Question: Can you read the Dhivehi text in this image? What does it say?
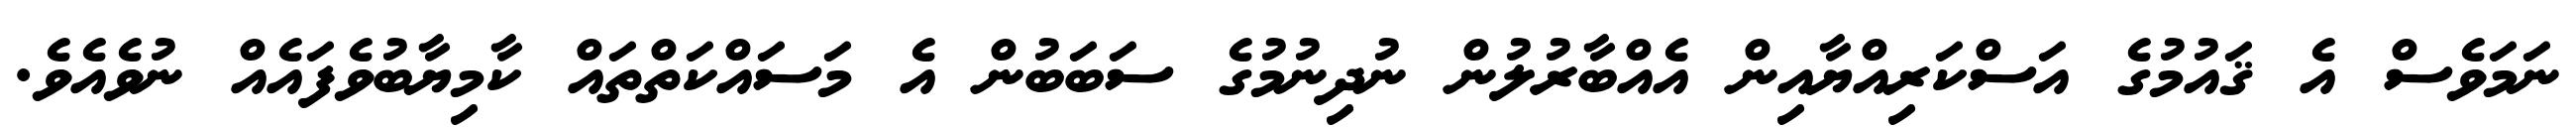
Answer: ނަމަވެސް އެ ޤައުމުގެ އަސްކަރިއްޔާއިން އެއްބާރުލުން ނުދިނުމުގެ ސަބަބުން އެ މަސައްކަތްތައް ކާމިޔާބުވެފައެއް ނުވެއެވެ.